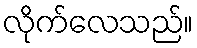
လိုက်လေသည်။